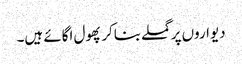
دیواروں پر گملے بناکر پھول اگائے ہیں۔